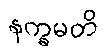
နက္ခမတိ